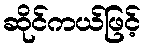
ဆိုင်ကယ်ဖြင့်